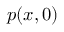
p ( x , 0 )